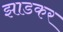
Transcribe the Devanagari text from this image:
झाडकर